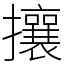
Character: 攘